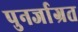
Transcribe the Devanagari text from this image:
पुनर्जाग्रत